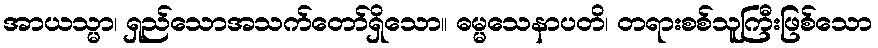
အာယသ္မာ၊ ရှည်သောအသက်တော်ရှိသော။ ဓမ္မသေနာပတိ၊ တရားစစ်သူကြီးဖြစ်သော